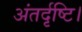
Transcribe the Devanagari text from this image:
अंतर्दृष्टि।